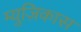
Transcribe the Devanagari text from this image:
म्युज़िकास